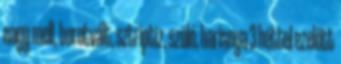
nagy mell, borotvált, sztriptiz, szóló, harisnya 3 héttel ezelőtt